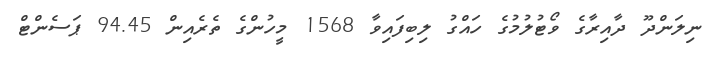
ނިލަންދޫ ދާއިރާގެ ވޯޓުލުމުގެ ހައްގު ލިބިފައިވާ 1568 މީހުންގެ ތެރެއިން 94.45 ޕަސެންޓް